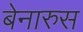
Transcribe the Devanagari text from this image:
बेनारुस